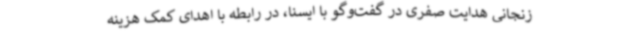
زنجانی هدایت صفری در گفت‌وگو با ایسنا، در رابطه با اهدای کمک هزینه